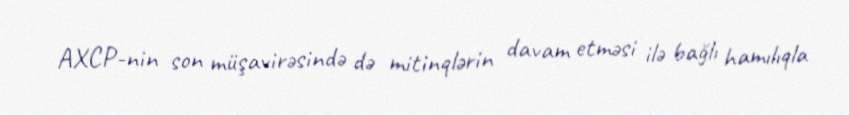
AXCP-nin son müşavirəsində də mitinqlərin davam etməsi ilə bağlı hamılıqla